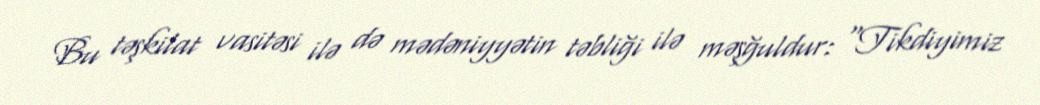
Bu təşkilat vasitəsi ilə də mədəniyyətin təbliği ilə məşğuldur: “Tikdiyimiz